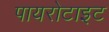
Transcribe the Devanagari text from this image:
पायरोटाइट